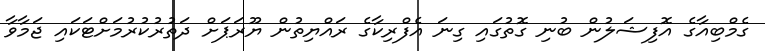
ގެމްބިއާގެ އޮފިޝަލުން ބުނި ގޮތުގައި ގިނަ އެފްރިކާގެ ރައްޔިތުން ޔޫރަޕަށް ދަތުރުކުރުމަށްޓަކައި ޖަމާވާ